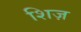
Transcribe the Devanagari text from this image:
शिज़